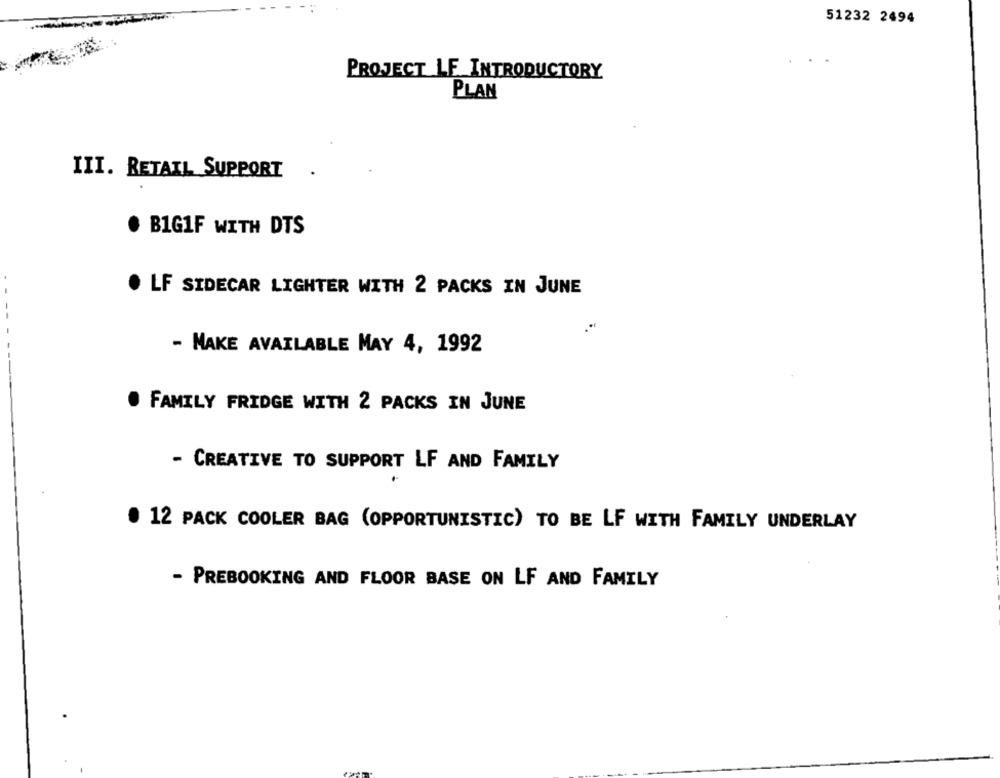
51232 2494
..
PROJECT LE INTRODUCTORY
PLAN
III. RETAIL SUPPORT
BIG1F WITH DTS
.
LF SIDECAR LIGHTER WITH 2 PACKS IN JUNE
- MAKE AVAILABLE MAY 4, 1992
FAMILY FRIDGE WITH 2 PACKS IN JUNE
- CREATIVE TO SUPPORT LF AND FAMILY
. 12 PACK COOLER BAG (OPPORTUNISTIC) TO BE LF WITH FAMILY UNDERLAY
- PREBOOKING AND FLOOR BASE ON LF AND FAMILY